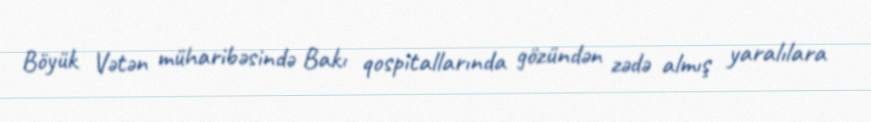
Böyük Vətən müharibəsində Bakı qospitallarında gözündən zədə almış yaralılara